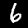
Digit: 6